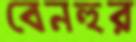
বেনহুর